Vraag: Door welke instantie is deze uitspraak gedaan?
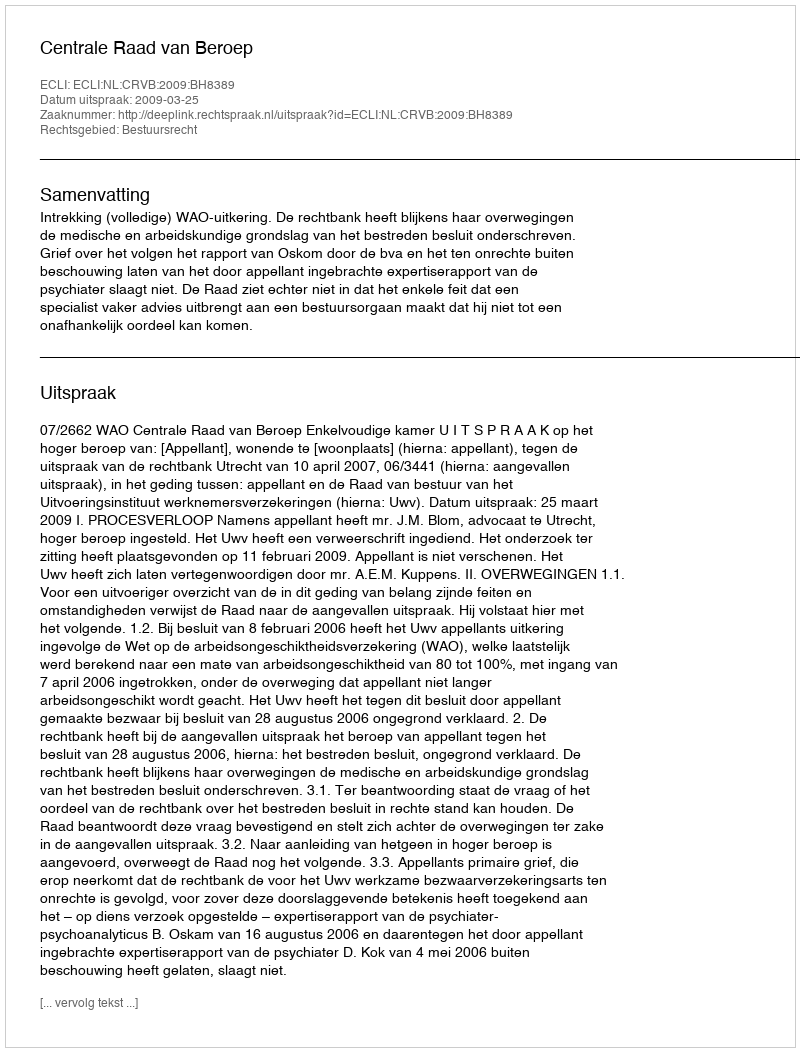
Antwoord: Centrale Raad van Beroep